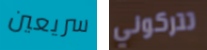
سريعين تتركوني